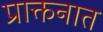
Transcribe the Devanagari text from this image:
प्राक्तनात